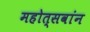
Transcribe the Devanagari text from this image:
महोत्सवांन